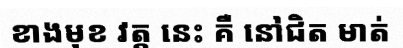
ខាងមុខ វត្ត នេះ គឺ នៅជិត មាត់